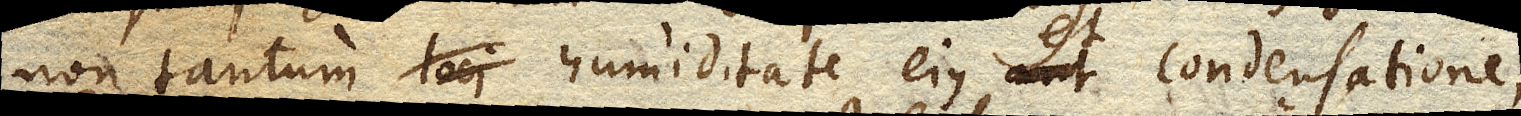
non tantum loci humiditate ejus aut et condensatione,